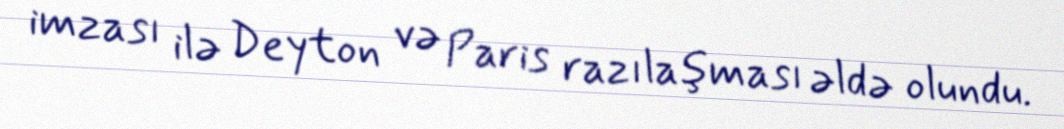
imzası ilə Deyton və Paris razılaşması əldə olundu.